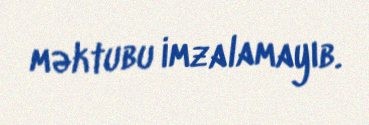
məktubu imzalamayıb.